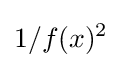
1/f(x)^{2}